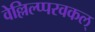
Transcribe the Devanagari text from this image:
वेल्लिल्प्परवकल्